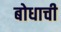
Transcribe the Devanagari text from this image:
बोधाची